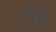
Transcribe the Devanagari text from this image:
द्रिघ